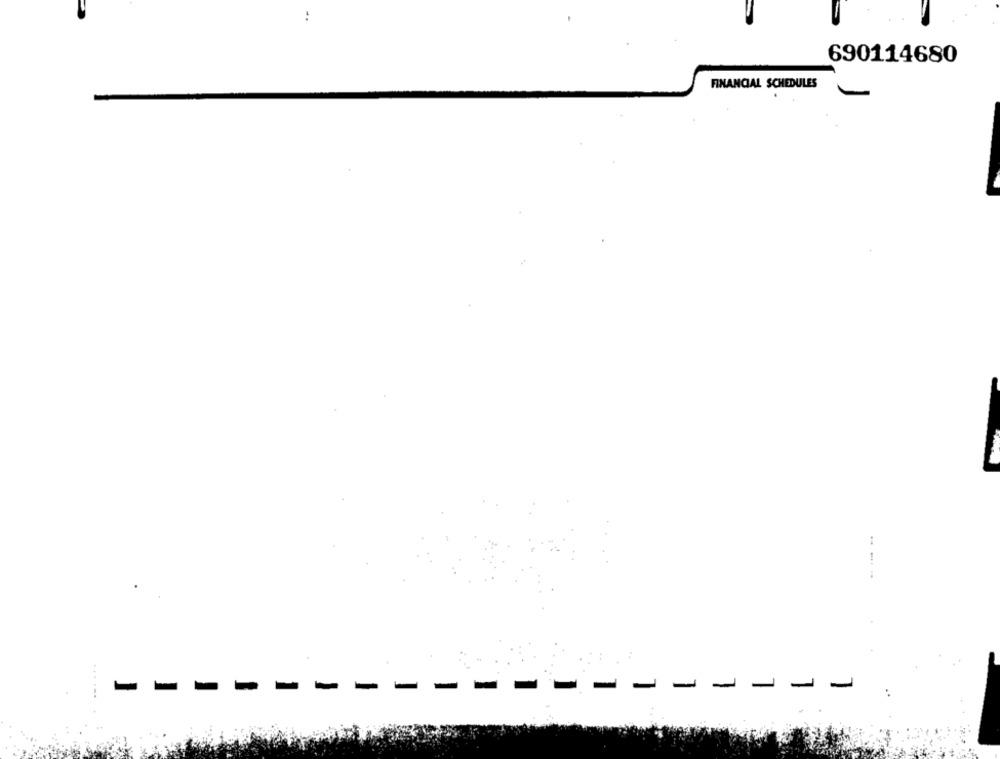
690114680
FINANCIAL SCHEDULES
- -
-
-